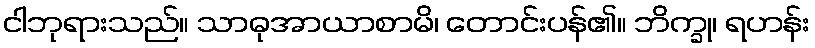
ငါဘုရားသည်။ သာဓုအာယာစာမိ၊ တောင်းပန်၏။ ဘိက္ခု၊ ရဟန်း